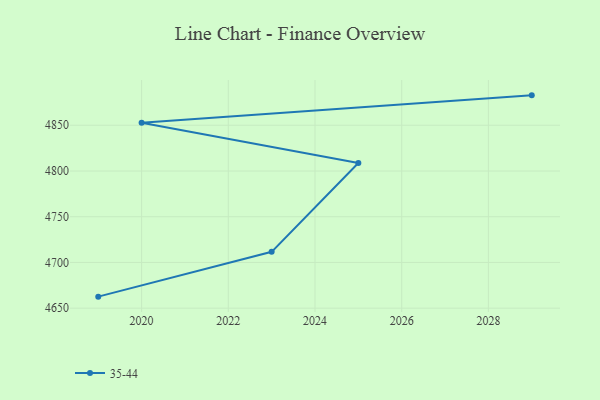
{"axis": {"x": "Year", "y": "LTV (USD)"}, "legend": ["35-44"], "data": [{"x": "2029", "y": 4882.7, "type": "35-44"}, {"x": "2020", "y": 4852.8, "type": "35-44"}, {"x": "2025", "y": 4808.7, "type": "35-44"}, {"x": "2023", "y": 4711.6, "type": "35-44"}, {"x": "2019", "y": 4662.6, "type": "35-44"}]}